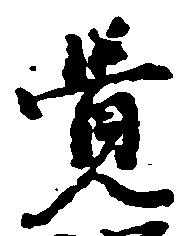
覚